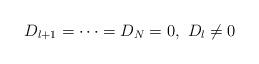
LaTeX: \begin{align*}D_{l+1} = \dots = D_N=0,\ D_l\ne 0\end{align*}